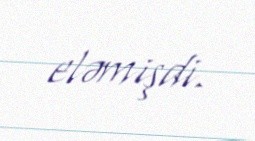
eləmişdi.